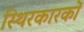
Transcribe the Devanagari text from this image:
स्थिरकारकों